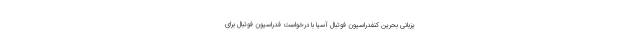
یزبانی بحرین کنفدراسیون فوتبال آسیا با درخواست فدراسیون فوتبال برای